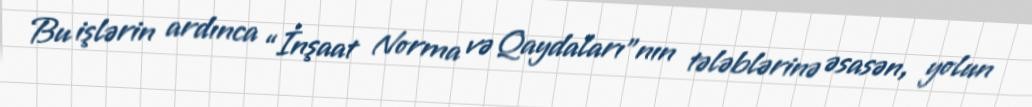
Bu işlərin ardınca “İnşaat Norma və Qaydaları”nın tələblərinə əsasən, yolun